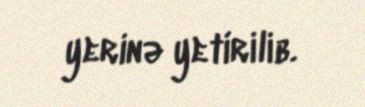
yerinə yetirilib.